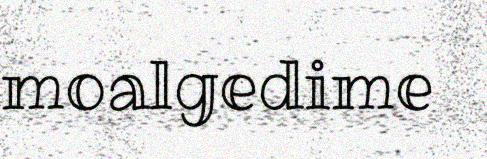
moalgedime